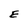
Character: E